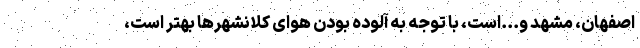
اصفهان، مشهد و...است، با توجه به آلوده بودن هوای کلانشهرها بهتر است،